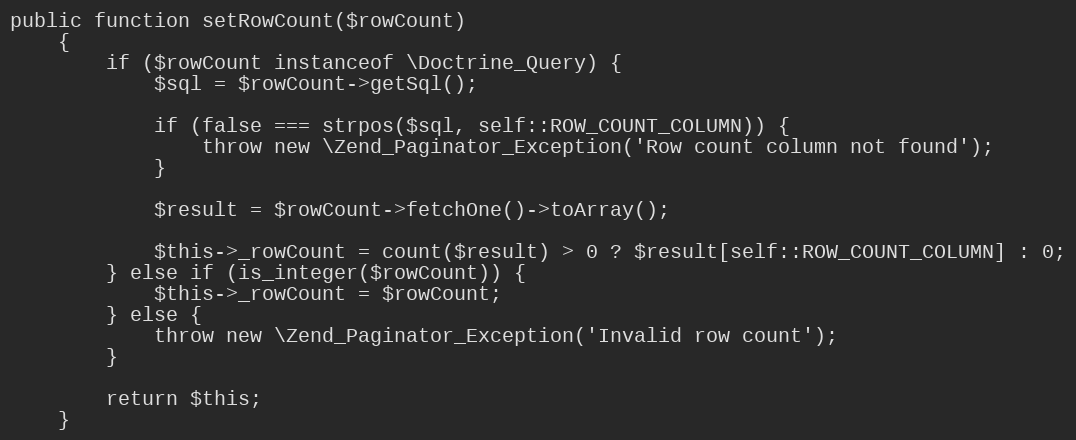
Language: PHP
public function setRowCount($rowCount)
    {
        if ($rowCount instanceof \Doctrine_Query) {
            $sql = $rowCount->getSql();

            if (false === strpos($sql, self::ROW_COUNT_COLUMN)) {
                throw new \Zend_Paginator_Exception('Row count column not found');
            }

            $result = $rowCount->fetchOne()->toArray();

            $this->_rowCount = count($result) > 0 ? $result[self::ROW_COUNT_COLUMN] : 0;
        } else if (is_integer($rowCount)) {
            $this->_rowCount = $rowCount;
        } else {
            throw new \Zend_Paginator_Exception('Invalid row count');
        }

        return $this;
    }